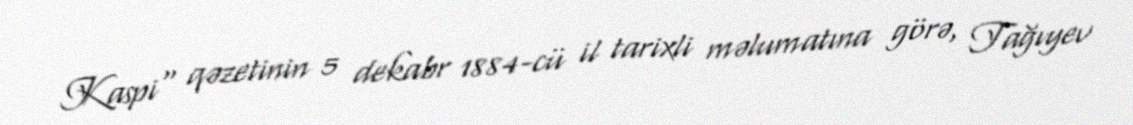
Kaspi" qəzetinin 5 dekabr 1884-cü il tarixli məlumatına görə, Tağıyev